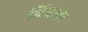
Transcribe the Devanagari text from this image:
विंडला